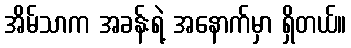
အိမ်သာက အခန်းရဲ့ အနောက်မှာ ရှိတယ်။